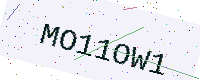
Text: MO11OW1